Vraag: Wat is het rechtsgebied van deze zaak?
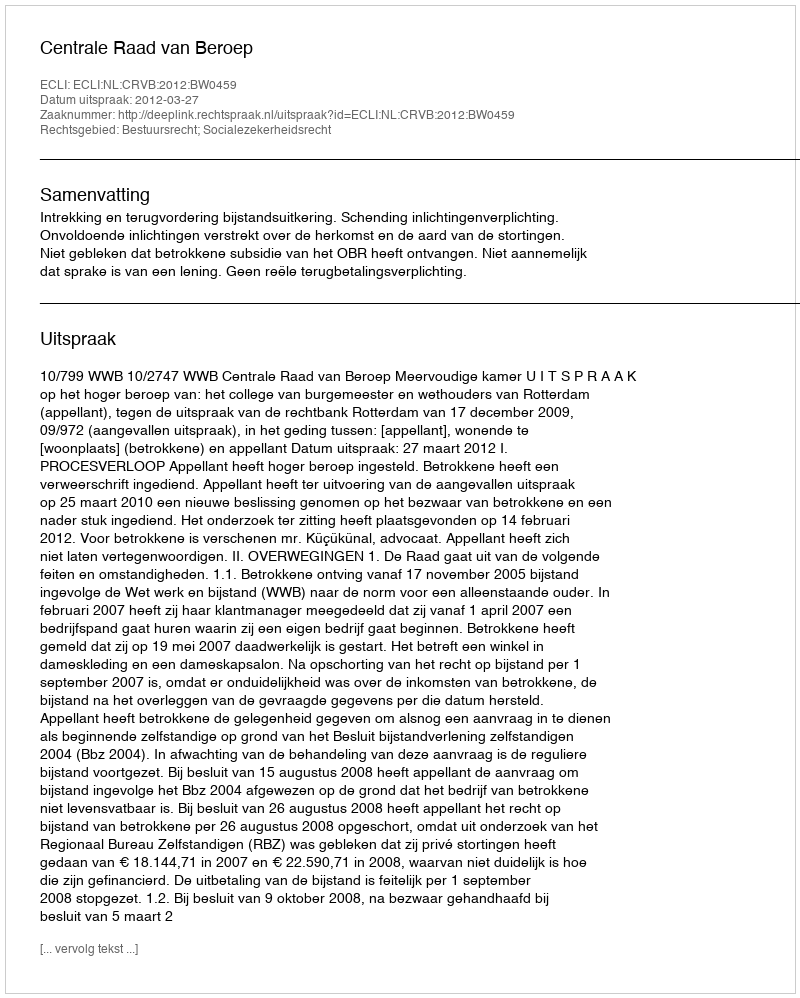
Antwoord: Bestuursrecht; Socialezekerheidsrecht